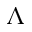
\Lambda